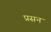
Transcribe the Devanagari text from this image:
प्रसन